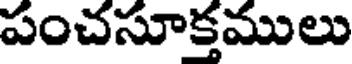
పంచసూక్తములు